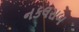
નકલસબ